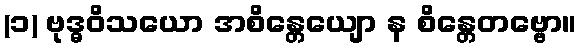
(၁) ဗုဒ္ဓဝိသယော အစိန္တေယျော န စိန္တေတဗ္ဗော။